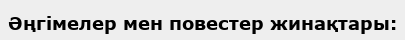
Әңгімелер мен повестер жинақтары: